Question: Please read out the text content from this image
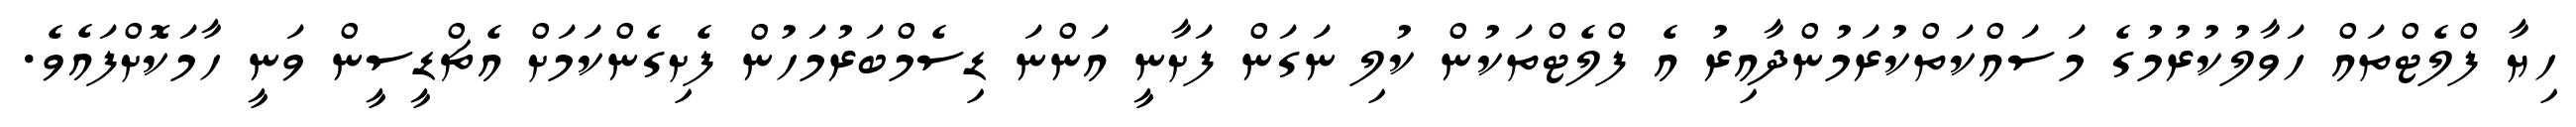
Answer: ހިޔާ ފްލެޓްތައް ހަވާލުކުރުމުގެ މަސައްކަތްކުރަމުންދާއިރު އެ ފްލެޓްތަކުން ކުލި ނަގަން ފަށާނީ އަންނަ ޑިސެމްބަރުމަހުން ފެށިގެންކަމަށް އެޗްޑީސީން ވަނީ ހާމަކޮށްފައެވެ.